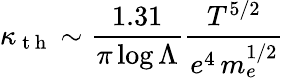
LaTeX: \kappa_{\mathrm{~t~h~}}\sim\frac{1.31}{\pi\log\Lambda}\frac{T^{5/2}}{e^{4}\, m_{e}^{1/2}}